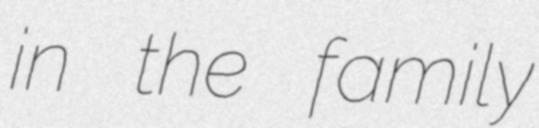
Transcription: in the family